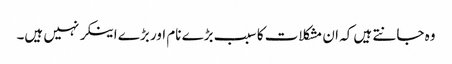
وہ جانتے ہیں کہ ان مشکلات کا سبب بڑے نام اور بڑے اینکر نہیں ہیں۔